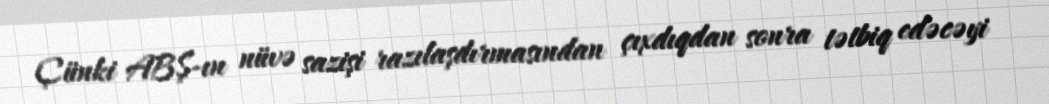
Çünki ABŞ-ın nüvə sazişi razılaşdırmasından çıxdıqdan sonra tətbiq edəcəyi